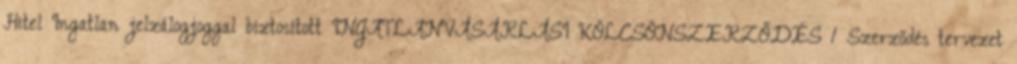
Hitel Ingatlan jelzálogjoggal biztosított INGATLANVÁSÁRLÁSI KÖLCSÖNSZERZŐDÉS 1 Szerződés tervezet